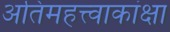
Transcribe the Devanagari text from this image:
अतिमहत्त्वाकांक्षा